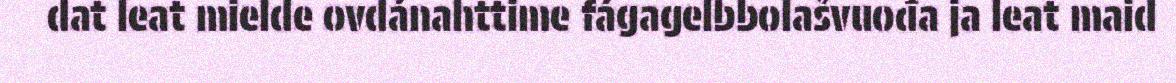
dat leat mielde ovdánahttime fágagelbbolašvuođa ja leat maid